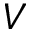
V